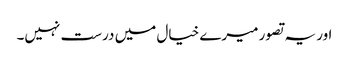
اور یہ تصور میرے خیال میں درست نہیں۔